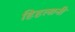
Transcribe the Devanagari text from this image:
हिहलानी